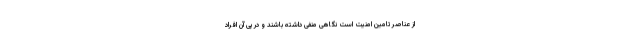
از عناصر تامین امنیت است نگاهی منفی داشته باشند و در پی آن افراد